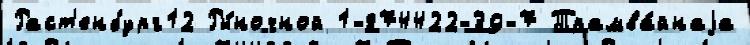
Раст'енбург12 Ры́ночной 1-874422-39-7 Трамва́йнаjа